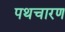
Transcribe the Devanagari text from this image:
पथचारण